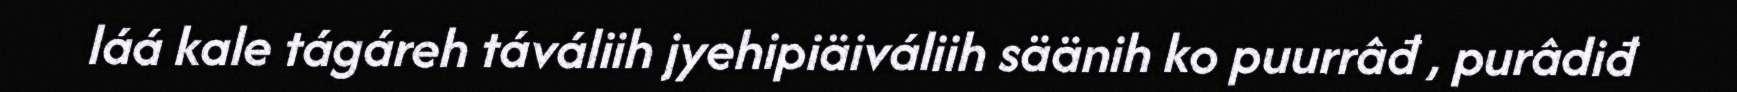
láá kale tágáreh táváliih jyehipiäiváliih säänih ko puurrâđ , purâdiđ